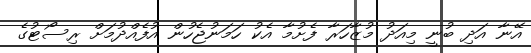
އޭނާ އަދި ބުނީ މިއަދު މުޒާހަރާ ފެށުމާ އެކު ހަމަނުޖެހުން އުފެއްދުމަށް ރިސޯޓުގެ